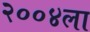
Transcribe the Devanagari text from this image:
२००४ला